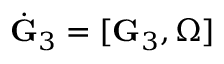
\dot { \bf G } _ { 3 } = [ { \bf G } _ { 3 } , { \boldsymbol \Omega } ]